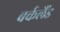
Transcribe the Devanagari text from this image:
बर्कलैंड